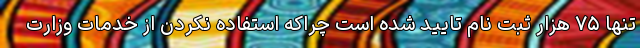
تنها ۷۵ هزار ثبت نام تایید شده است چراکه استفاده نکردن از خدمات وزارت